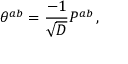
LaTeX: \theta ^ { a b } = { \frac { - 1 } { \sqrt { \cal D } } } P ^ { a b } \, ,